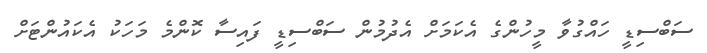
ސަބްސިޑީ ހައްގުވާ މީހުންގެ އެކަމަށް އެދުމުން ސަބްސިޑީ ފައިސާ ކޮންމެ މަހަކު އެކައުންޓަށް